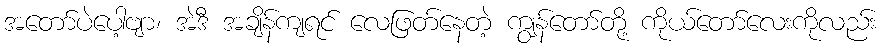
အတော်ပဲပေါ့ဗျာ၊ အဲဒီ အချိန်ကျရင် လေဖြတ်နေတဲ့ ကျွန်တော်တို့ ကိုယ်တော်လေးကိုလည်း